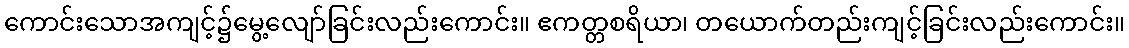
ကောင်းသောအကျင့်၌မွေ့လျော်ခြင်းလည်းကောင်း။ ဧကတ္တစရိယာ၊ တယောက်တည်းကျင့်ခြင်းလည်းကောင်း။